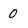
Character: 0